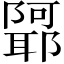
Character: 𲉢